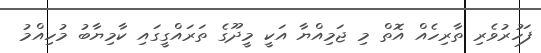
ފަހުރުވެރި ތާރިހެއް އޮތް މި ޖަމިއްޔާ އަކީ މީދޫގެ ތަރައްގީގައި ކާމިޔާބު މުހިއްމު